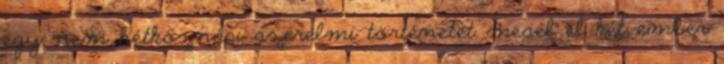
egy nem hétköznapi szerelmi történetet mesél el két ember